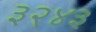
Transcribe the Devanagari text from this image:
३२४३